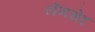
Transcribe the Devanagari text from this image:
लॅनसेट